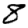
Digit: 8